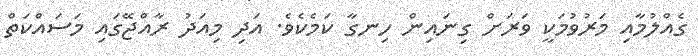
ގެއްލުމާއި މަރުވުމަކީ ވަރަށް ގިނައިން ހިނގާ ކަމެކެވެ. އަދި މިއަދު ރާއްޖޭގައި މަސައްކަތް